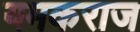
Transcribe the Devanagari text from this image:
यमकराज